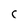
Character: C